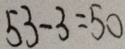
5 3 - 3 = 5 0